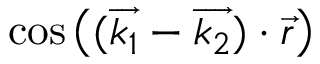
\cos \left( ( \overrightarrow { k _ { 1 } } - \overrightarrow { k _ { 2 } } ) \cdot \overrightarrow { r } \right)